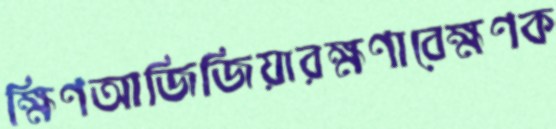
ক্ষিণআজিজিয়ারক্ষণাবেক্ষণক